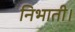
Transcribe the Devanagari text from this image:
निभाती।